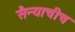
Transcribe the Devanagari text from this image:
सैन्याचीच